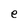
Character: e